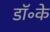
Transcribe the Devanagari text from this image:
डॉ॰के